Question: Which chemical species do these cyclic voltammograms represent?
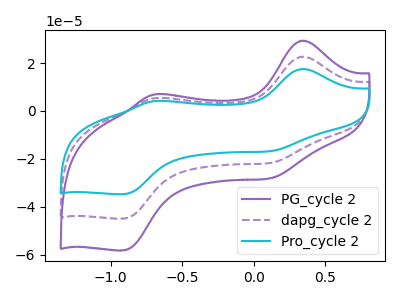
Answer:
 <answer>The purple curve is labeled "PG_cycle 2". The purple dashed curve is labeled "dapg_cycle 2". The cyan curve is labeled "Pro_cycle 2".</answer>
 <eval></eval>